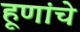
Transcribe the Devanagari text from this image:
हूणांचे